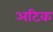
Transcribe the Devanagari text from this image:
अटिक